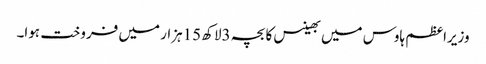
وزیراعظم ہاوس میں بھینس کا بچہ 3لاکھ 15ہزار میں فروخت ہوا۔